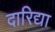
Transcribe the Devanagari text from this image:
दारिद्या